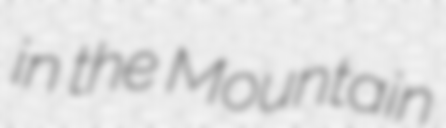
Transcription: in the Mountain